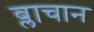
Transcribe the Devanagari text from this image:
ब्लाचान